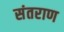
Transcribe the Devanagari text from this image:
संतराण